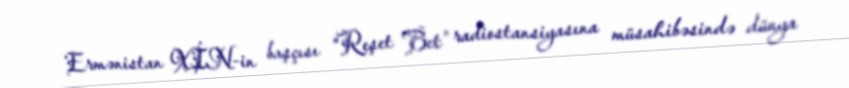
Ermənistan XİN-in başçısı “Reşet Bet” radiostansiyasına müsahibəsində dünya